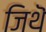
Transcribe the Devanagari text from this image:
जिथॆ